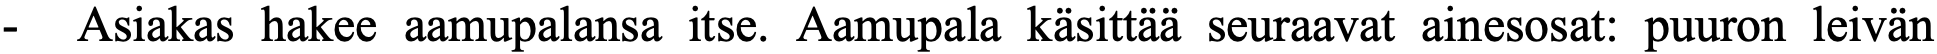
-  Asiakas hakee aamupalansa itse. Aamupala käsittää seuraavat ainesosat: puuron leivän